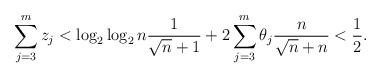
\begin{align*}\sum_{j=3}^m z_j < \log_2\log_2 n \frac{1}{\sqrt{n} + 1} + 2 \sum_{j=3}^m \theta_j \frac{n}{\sqrt{n} + n} < \frac{1}{2}.\end{align*}